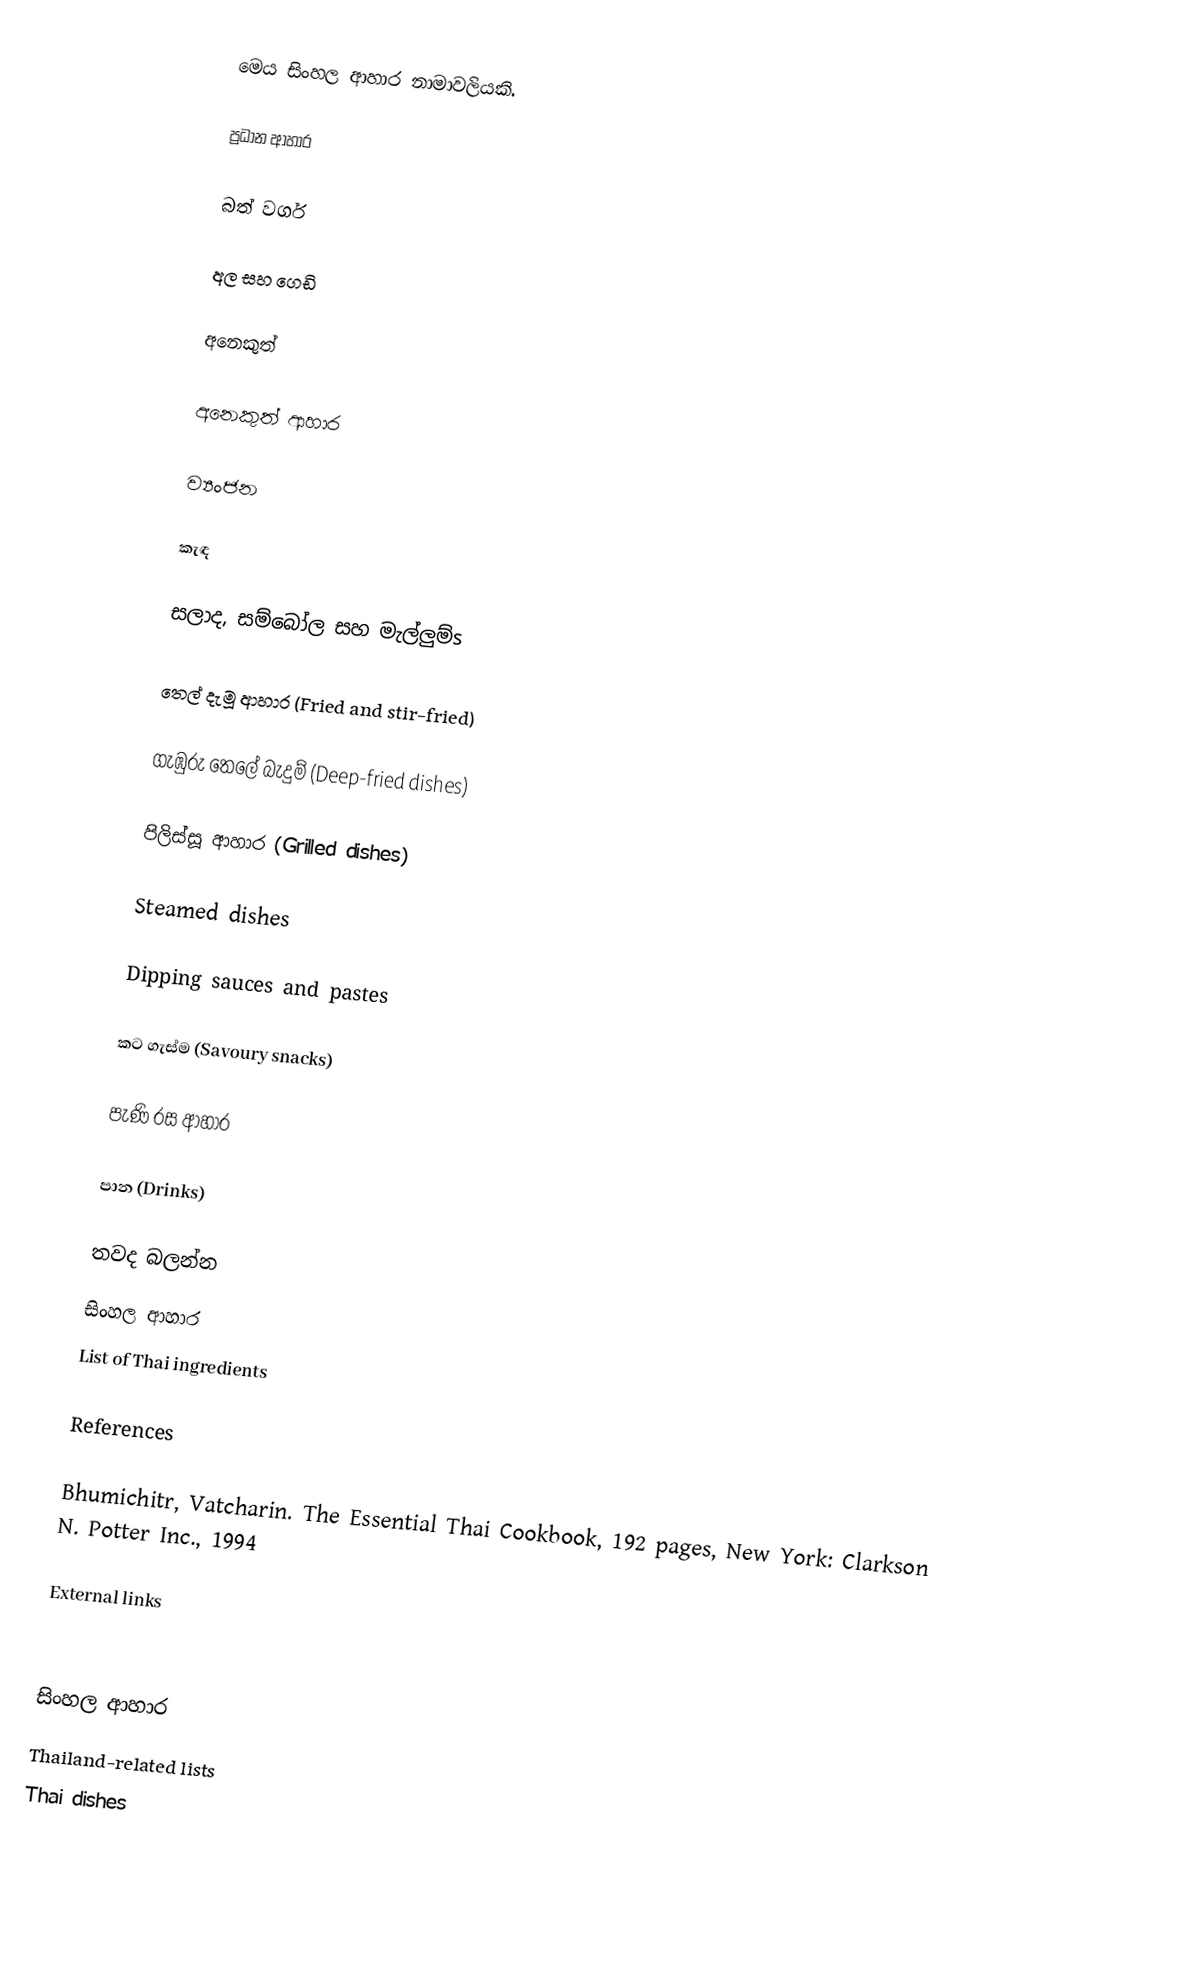
මෙය සිංහල ආහාර නාමාවලියකි.

ප්‍රධාන ආහාර

බත් වර්ග

අල සහ ගෙඩි

අනෙකුත්

අනෙකුත් ආහාර

ව්‍යංජන

කැඳ

සලාද, සම්බෝල සහ මැල්ලුම්s

තෙල් දැමූ ආහාර (Fried and stir-fried)

ගැඹුරු තෙලේ බැදුම් (Deep-fried dishes)

පිලිස්සූ ආහාර (Grilled dishes)

Steamed dishes

Dipping sauces and pastes

කට ගැස්ම (Savoury snacks)

පැණි රස ආහාර

පාන (Drinks)

තවද බලන්න
 සිංහල ආහාර
 List of Thai ingredients

References

 Bhumichitr, Vatcharin. The Essential Thai Cookbook, 192 pages, New York: Clarkson N. Potter Inc., 1994

External links

සිංහල ආහාර
Thailand-related lists
Thai dishes